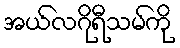
အယ်လဂိုရီသမ်ကို